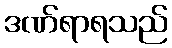
ဒဏ်ရာရသည်